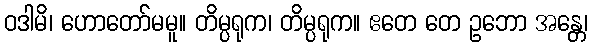
ဝဒါမိ၊ ဟောတော်မမူ။ တိမ္ပရုက၊ တိမ္ပရုက။ ဧတေ တေ ဥဘော အန္တေ၊